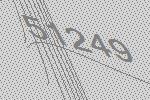
51249